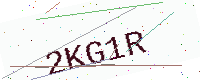
Text: 2KG1R